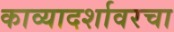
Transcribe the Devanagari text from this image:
काव्यादर्शावरचा